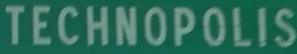
TECHNOPOLIS